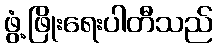
ဖွံ့ဖြိုးရေးပါတီသည်